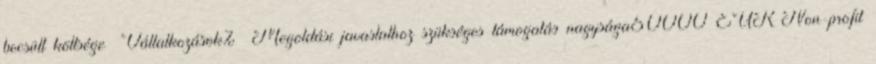
becsült költsége ▪Vállalkozások% ▪Megoldási javaslathoz szükséges támogatás nagysága50000 EUR▪Non-profit